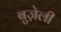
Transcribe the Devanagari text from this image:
बुज़ेली